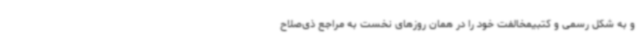
و به شکل رسمی و کتبیمخالفت خود را در همان روزهای نخست به مراجع ذی‌صلاح